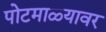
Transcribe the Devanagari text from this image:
पोटमाळ्यावर